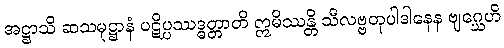
အဋ္ဌာသိ ဆသမုဋ္ဌာနံ ပဋိပ္ပဿဒ္ဓတ္တာတိ ဣမိဿန္တိ သီလဗ္ဗတုပါဒါနေန ဗျဂ္ဃေဟိ